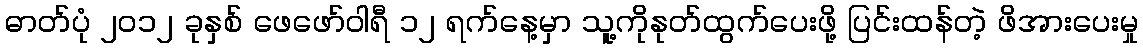
ဓာတ်ပုံ ၂၀၁၂ ခုနှစ် ဖေဖော်ဝါရီ ၁၂ ရက်နေ့မှာ သူ့ကိုနုတ်ထွက်ပေးဖို့ ပြင်းထန်တဲ့ ဖိအားပေးမှု